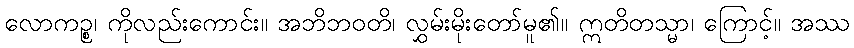
လောကဉ္စ၊ ကိုလည်းကောင်း။ အဘိဘဝတိ၊ လွှမ်းမိုးတော်မူ၏။ ဣတိတသ္မာ၊ ကြောင့်။ အဿ